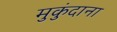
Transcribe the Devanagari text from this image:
मुकुंदाना